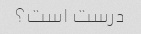
درست است؟